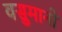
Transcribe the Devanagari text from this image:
वसुमानो